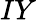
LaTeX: IY